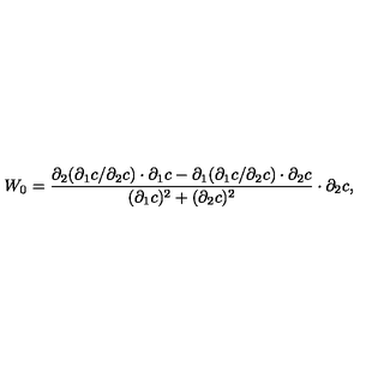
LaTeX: W _ { 0 } = \frac { { \partial } _ { 2 } ( { \partial } _ { 1 } c / { \partial } _ { 2 } c ) \cdot { \partial } _ { 1 } c - { \partial } _ { 1 } ( { \partial } _ { 1 } c / { \partial } _ { 2 } c ) \cdot { \partial } _ { 2 } c } { ( { \partial } _ { 1 } c ) ^ { 2 } + ( { \partial } _ { 2 } c ) ^ { 2 } } \cdot { \partial } _ { 2 } c ,